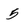
Character: 5